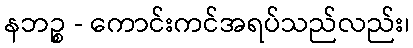
နဘဉ္စ - ကောင်းကင်အရပ်သည်လည်း၊